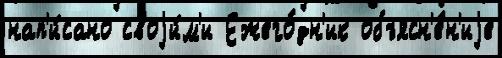
нап'и́сано своjи́м'и Ежего́дн'ик объясн'е́н'иjе